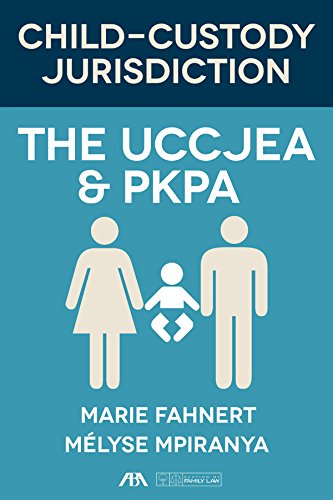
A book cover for Child-Custody Jurisdiction: The UCCJEA & PKPA; Marie Fahnert; Law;